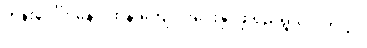
ကုန်းပေါ်ကနေပဲ ထိန်းကျောင်းပေးနိုင်ဖို့ ရည်ရွယ်ပါတယ်။